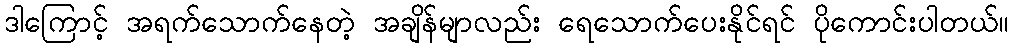
ဒါကြောင့် အရက်သောက်နေတဲ့ အချိန်မျာလည်း ရေသောက်ပေးနိုင်ရင် ပိုကောင်းပါတယ်။